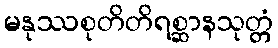
မနုဿစုတိတိရစ္ဆာနသုတ္တံ